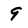
Character: 9